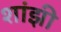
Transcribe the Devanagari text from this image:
शांझी